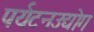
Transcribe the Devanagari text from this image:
पर्यटनउद्योग